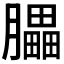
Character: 𦢏